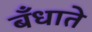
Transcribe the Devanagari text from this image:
बँधाते